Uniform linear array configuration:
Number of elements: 16
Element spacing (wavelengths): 0.75
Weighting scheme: exponential
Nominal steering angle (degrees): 60
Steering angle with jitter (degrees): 60.818
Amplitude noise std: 0.05
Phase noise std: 0.05

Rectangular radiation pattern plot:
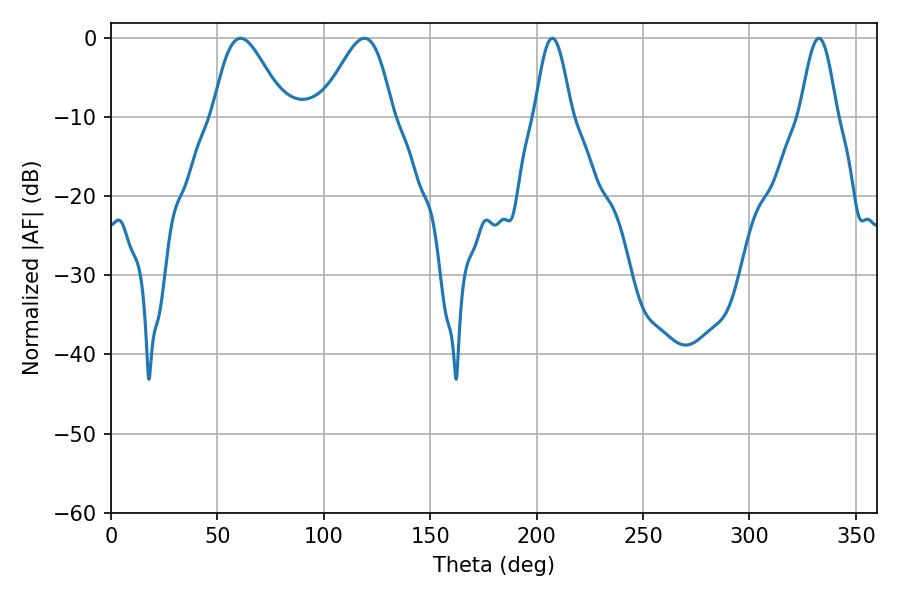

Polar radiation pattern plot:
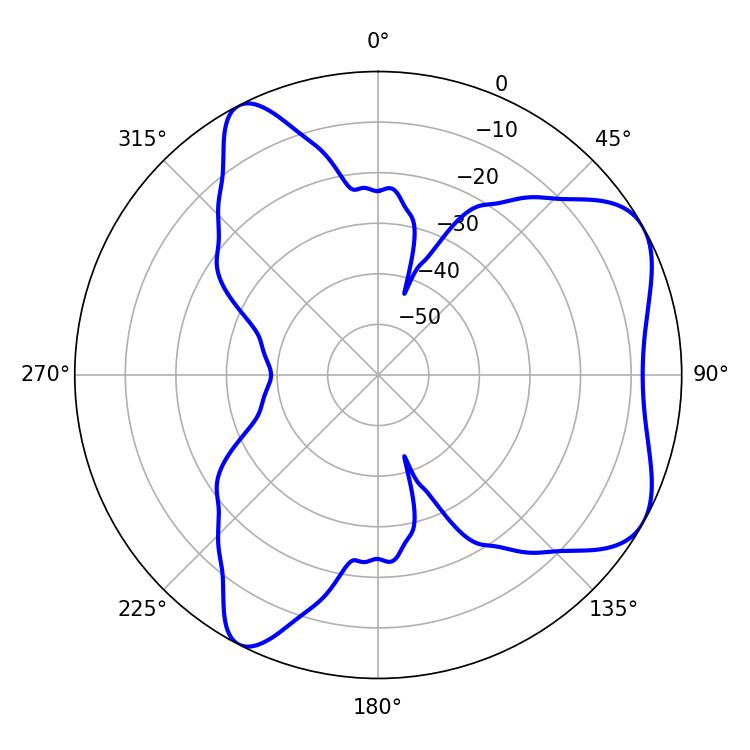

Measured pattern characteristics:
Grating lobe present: TRUE
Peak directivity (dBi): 6.138
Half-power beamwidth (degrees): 9.18
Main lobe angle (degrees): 207.36